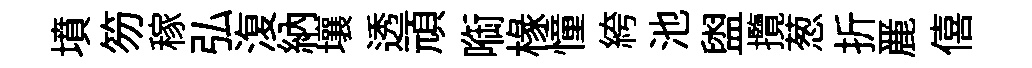
墳笏稼弘𣸪納壤透頑㗸椽憧絝池盥攬葱折䴡僖